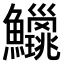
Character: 𫚅